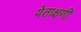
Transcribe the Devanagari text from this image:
येताक्षणी